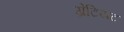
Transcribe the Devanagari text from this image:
ग्रेटियट